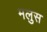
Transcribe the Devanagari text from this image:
मलुस